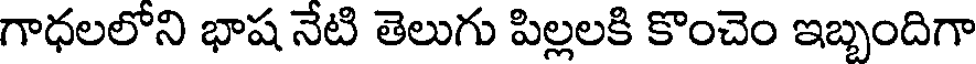
గాధలలోని భాష నేటి తెలుగు పిల్లలకి కొంచెం ఇబ్బందిగా